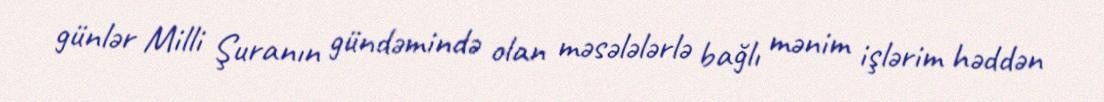
günlər Milli Şuranın gündəmində olan məsələlərlə bağlı mənim işlərim həddən